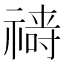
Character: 𱵧